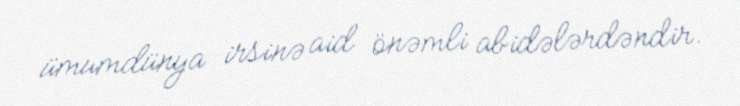
ümumdünya irsinə aid önəmli abidələrdəndir.